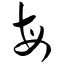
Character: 每